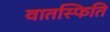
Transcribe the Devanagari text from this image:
वातस्फिति